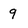
Character: 9